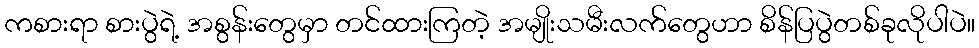
ကစားရာ စားပွဲရဲ့ အစွန်းတွေမှာ တင်ထားကြတဲ့ အမျိုးသမီးလက်တွေဟာ စိန်ပြပွဲတစ်ခုလိုပါပဲ။